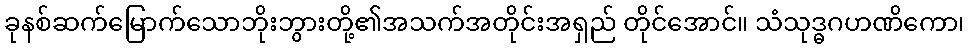
ခုနစ်ဆက်မြောက်သောဘိုးဘွားတို့၏အသက်အတိုင်းအရှည် တိုင်အောင်။ သံသုဒ္ဓဂဟဏိကော၊